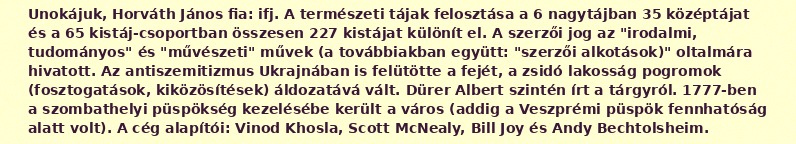
Unokájuk, Horváth János fia: ifj. A természeti tájak felosztása a 6 nagytájban 35 középtájat és a 65 kistáj-csoportban összesen 227 kistájat különít el. A szerzői jog az "irodalmi, tudományos" és "művészeti" művek (a továbbiakban együtt: "szerzői alkotások)" oltalmára hivatott. Az antiszemitizmus Ukrajnában is felütötte a fejét, a zsidó lakosság pogromok (fosztogatások, kiközösítések) áldozatává vált. Dürer Albert szintén írt a tárgyról. 1777-ben a szombathelyi püspökség kezelésébe került a város (addig a Veszprémi püspök fennhatóság alatt volt). A cég alapítói: Vinod Khosla, Scott McNealy, Bill Joy és Andy Bechtolsheim.